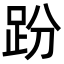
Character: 𧿚